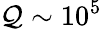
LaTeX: \mathcal{Q}\sim10^{5}